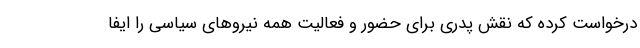
درخواست کرده که نقش پدری برای حضور و فعالیت همه نیروهای سیاسی را ایفا